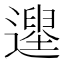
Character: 𨗭